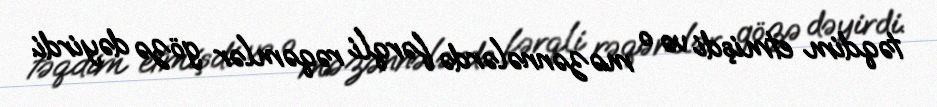
təqdim etmişdi və o məzənnələrdə fərqli rəqəmlər gözə dəyirdi.